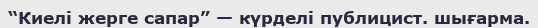
“Киелі жерге сапар” — күрделі публицист. шығарма.